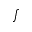
\scriptstyle \int